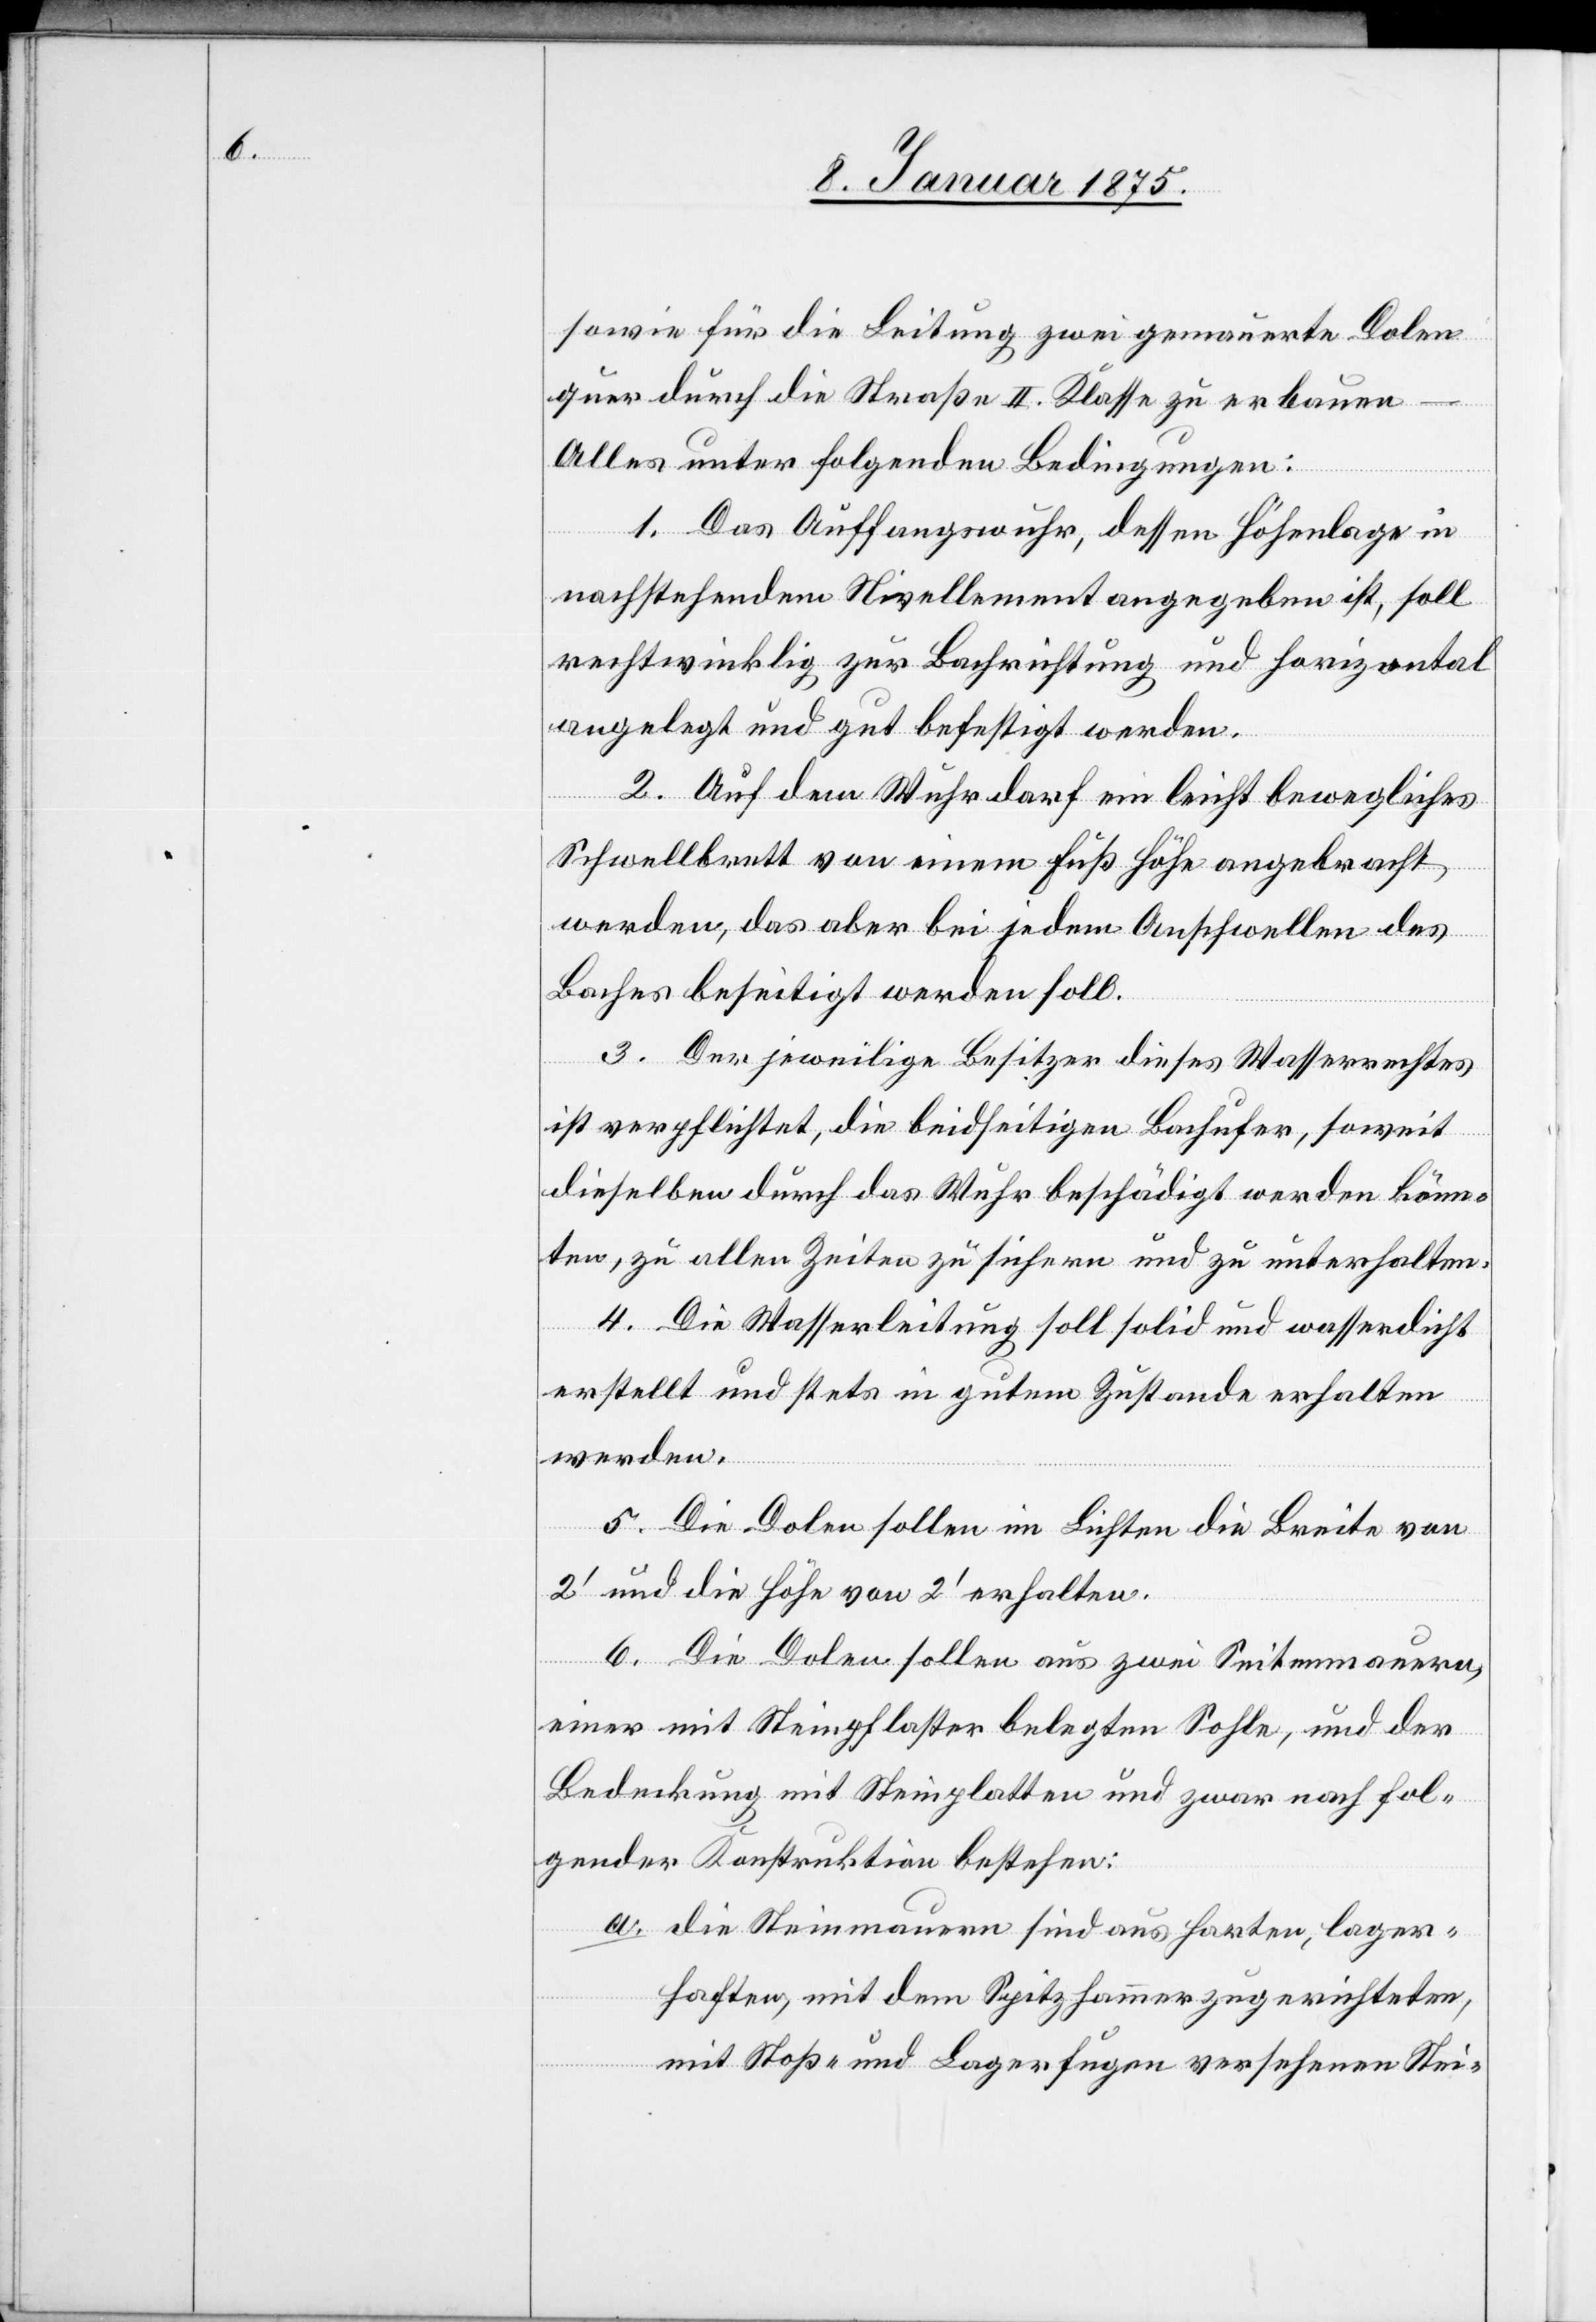
sowie für die Leitung zwei gemauerte Dolen
quer durch die Straße II. Klasse zu erbauen
Alles unter folgenden Bedingungen:
1. Das Auffangswuhr, dessen Höhenlage in
nachstehendem Nivellement angegeben ist, soll
rechtwinklig zur Bachrichtung und horizontal
angelegt und gut befestigt werden.
2. Auf dem Wuhr darf ein leicht bewegliches
Schwellbrett von einem Fuß Höhe angebracht
werden, das aber bei jedem Anschwellen des
Baches beseitigt werden soll.
3. Der jeweilige Besitzer dieses Wasserrechtes
ist verpflichtet, die beidseitigen Bachufer, soweit
dieselben durch das Wuhr beschädigt werden könn¬
ten, zu allen Zeiten zu sichern und zu unterhalten.
4. Die Wasserleitung soll solid und wasserdicht
erstellt und stets in gutem Zustande erhalten
werden.
5. Die Dolen sollen im Lichten die Breite von
2‘ und die Höhe von 2‘ erhalten.
6. Die Dolen sollen aus zwei Seitenmauern,
einer mit Steinpflaster belegten Sohle, und der
Bedeckung mit Steinplatten und zwar nach fol¬
gender Konstruktion bestehen:
a.
die Steinmauern sind aus harten, lager¬
haften, mit dem Spitzhammer zugerichteten,
mit Stoß- und Lagerfugen versehenen Stei-